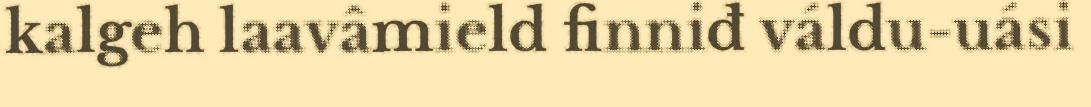
kalgeh laavâmield finniđ váldu-uási